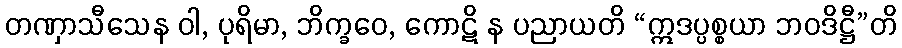
တဏှာသီသေန ဝါ, ပုရိမာ, ဘိက္ခဝေ, ကောဋိ န ပညာယတိ “ဣဒပ္ပစ္စယာ ဘဝဒိဋ္ဌီ”တိ